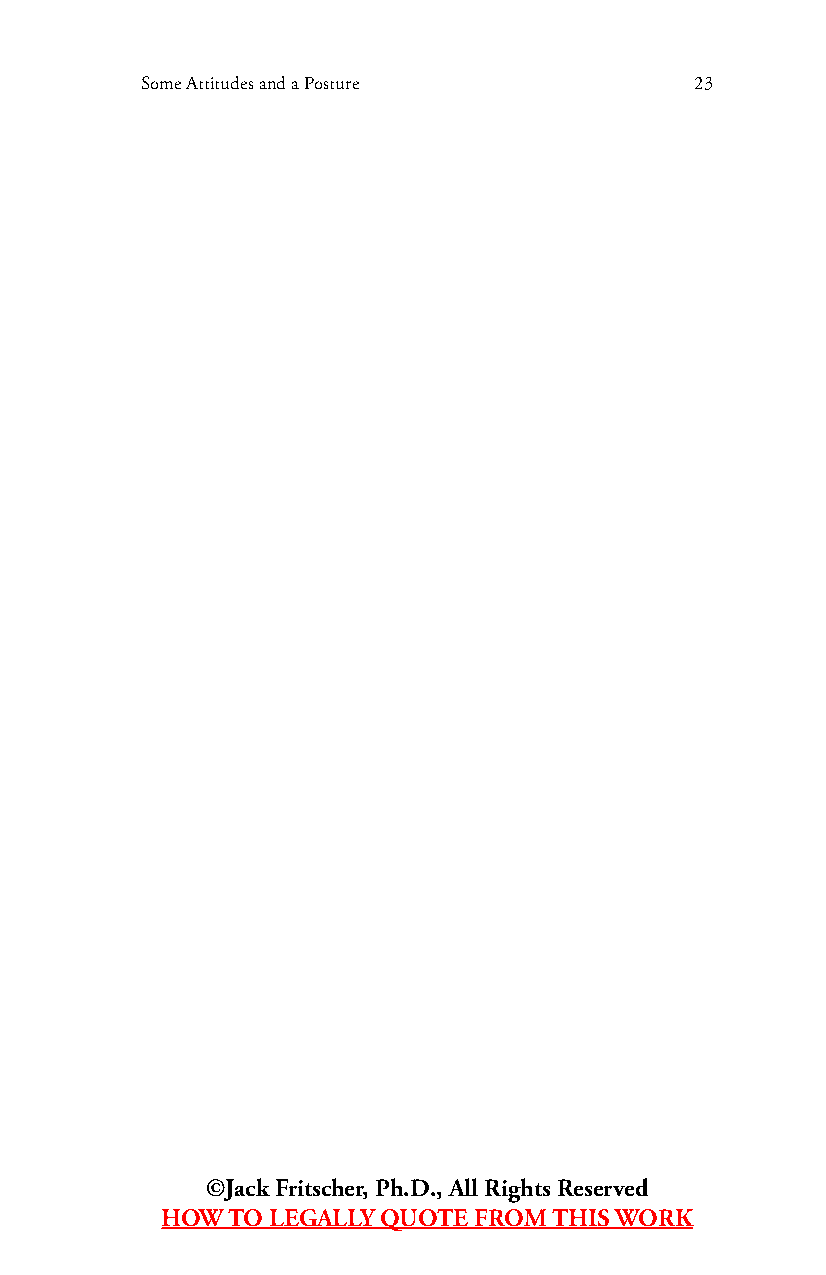
Some Attitudes and a Posture         23
 ©Jack Fritscher, Ph.D., All Rights Reserved
 HOW TO LEGALLY QUOTE FROM THIS WORK